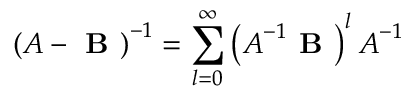
\left( \boldsymbol { A } - \boldsymbol { \textbf { B } } \right) ^ { - 1 } = \sum _ { l = 0 } ^ { \infty } \left( \boldsymbol { A } ^ { - 1 } \boldsymbol { \textbf { B } } \right) ^ { l } \boldsymbol { A } ^ { - 1 }